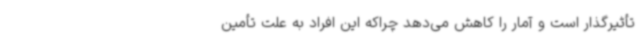
تأثیرگذار است و آمار را کاهش می‌دهد چراکه این افراد به علت تأمین